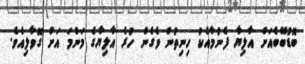
ބޮޑުބޭބެއަށް އާލިޔާ ފެނުމާއެކު ހިނިތުން ވެގެން ހުރެ އާލިޔާގެ މަންމަ އަށް ގޮވާލިއެވެ.